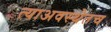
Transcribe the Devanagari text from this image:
त्याअवस्थेतच